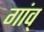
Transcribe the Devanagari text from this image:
गांव्